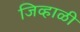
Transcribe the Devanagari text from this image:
जिव्हाळी